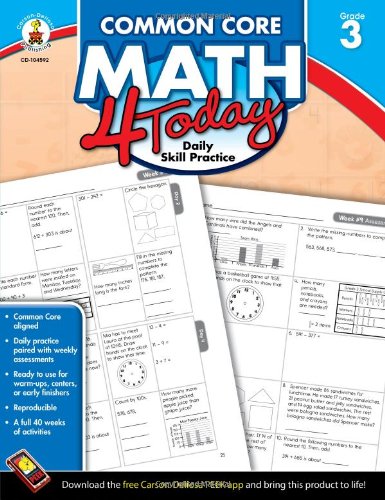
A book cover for Common Core Math 4 Today, Grade 3: Daily Skill Practice (Common Core 4 Today); Erin McCarthy; Education & Teaching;